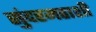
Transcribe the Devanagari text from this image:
सुंदरमठाशी